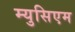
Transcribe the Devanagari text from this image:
म्युसिएम